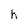
Character: h